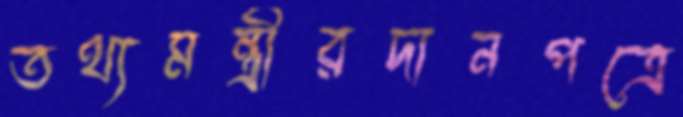
তথ্যমন্ত্রীরদানপত্রে